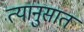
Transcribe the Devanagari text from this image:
त्यानुसात